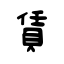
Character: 賃